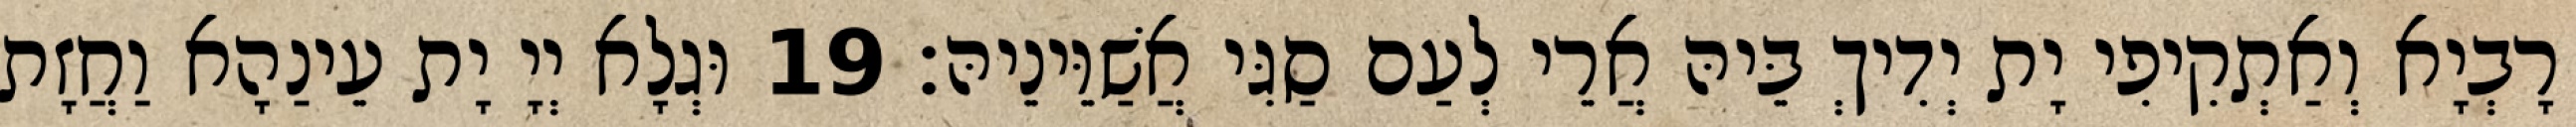
רָבְיָא וְאַתְקִיפִי יָת יְדִיךְ בֵּיהּ אֲרֵי לְעַם סַגִּי אֲשַׁוֵּינֵיהּ׃ 19 וּגְלָא יְיָ יָת עֵינַהָא וַחֲזָת